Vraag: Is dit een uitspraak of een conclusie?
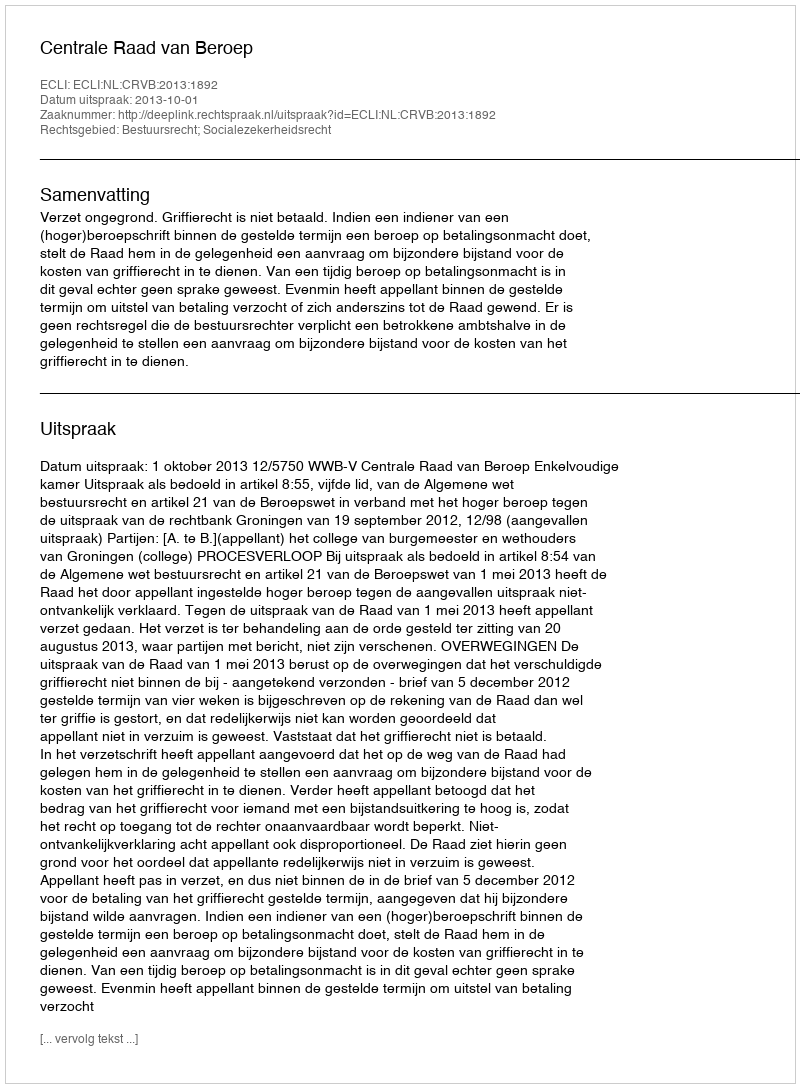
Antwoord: Uitspraak